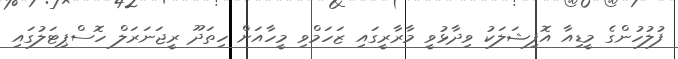
ފުލުހުންގެ މީޑިއާ އޮފިޝަލަކު ވިދާޅުވީ މާރާރީގައި ޒަހަމްވި މީހާއަށް ހިތަދޫ ރީޖަނަރަލް ހޮސްޕިޓަލުގައި